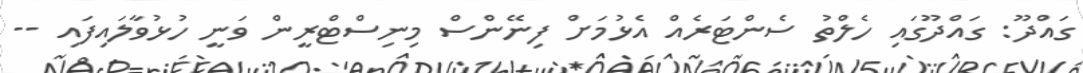
ގައްދޫ: ގައްދޫގައި ހެލްތު ސެންޓަރެއް އެޅުމަށް ފިނޭންސް މިނިސްޓްރީން ވަނީ ހުޅުވާލައިފައި --